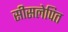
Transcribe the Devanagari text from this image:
सीसलेपित